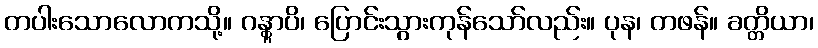
တပါးသောလောကသို့။ ဂန္တွာပိ၊ ပြောင်းသွားကုန်သော်လည်း။ ပုန၊ တဖန်။ ခတ္တိယာ၊